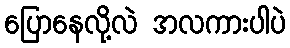
ပြောနေလို့လဲ အလကားပါပဲ